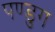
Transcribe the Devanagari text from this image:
पण्डुग